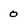
Character: O